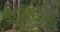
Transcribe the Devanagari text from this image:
प्रबंधनः